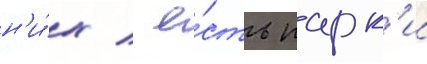
н'и́х / е́сть парк'и